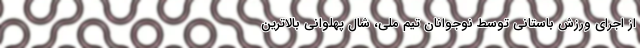
از اجرای ورزش باستانی توسط نوجوانان تیم ملی، شال پهلوانی بالاترین